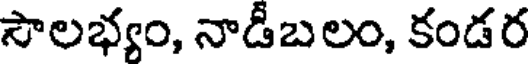
సౌలభ్యం, నాడీబలం, కండర